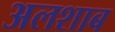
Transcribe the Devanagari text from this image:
अलशाब